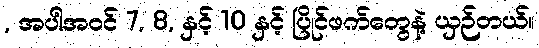
, အပါအဝင် 7, 8, နှင့် 10 နှင့် ပြိုင်ဖက်တွေနဲ့ ယှဉ်တယ်။